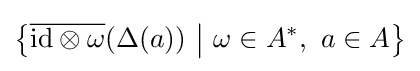
\left\{{\overline {{\text{id}}\otimes \omega }}(\Delta (a))~{\big |}~\omega \in A^{*},~a\in A\right\}